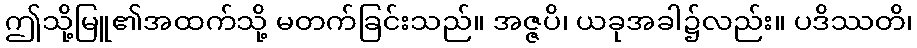
ဤသို့မြူ၏အထက်သို့ မတက်ခြင်းသည်။ အဇ္ဇပိ၊ ယခုအခါ၌လည်း။ ပဒိဿတိ၊